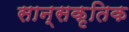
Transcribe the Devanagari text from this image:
सान्सकृतिक